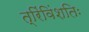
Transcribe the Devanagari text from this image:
त्रिंविंशतिः